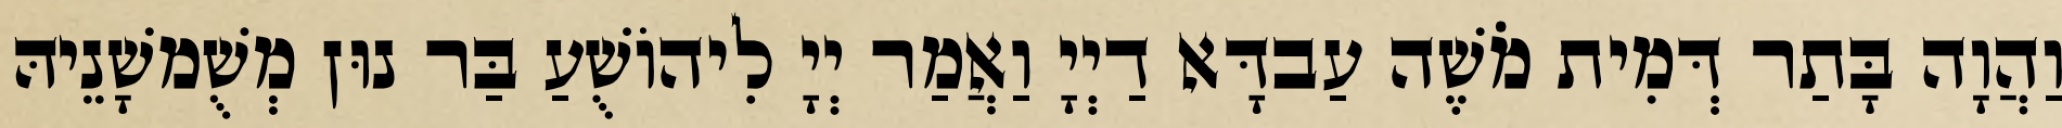
וַהֲוָה בָּתַר דְּמִית מֹשֶׁה עַבדָּא דַיְיָ וַאֲמַר יְיָ לִיהוֹשֻׁעַ בַּר נוּן מְשֻׁמשָׁנֵיהּ